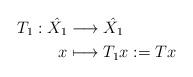
LaTeX: \begin{align*}T_1: \hat{X_1}&\longrightarrow \hat{X_1}\\x &\longmapsto T_1x:=Tx\end{align*}